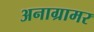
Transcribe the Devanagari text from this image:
अनाग्रामर